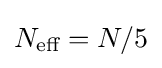
N_{\text{eff}}=N/5